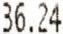
36.24